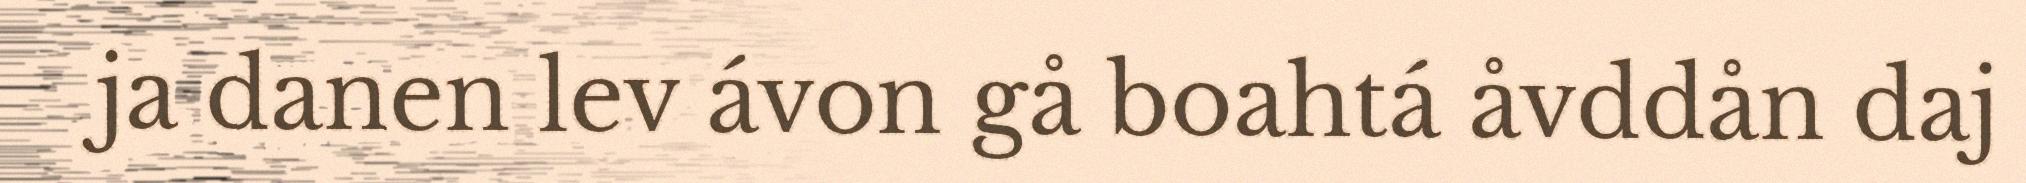
ja danen lev ávon gå boahtá åvddån daj